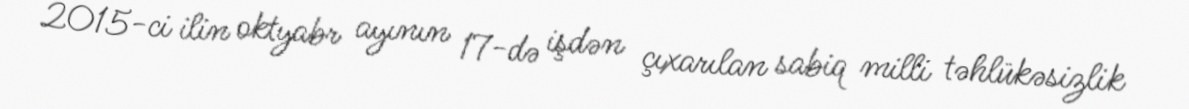
2015-ci ilin oktyabr ayının 17-də işdən çıxarılan sabiq milli təhlükəsizlik